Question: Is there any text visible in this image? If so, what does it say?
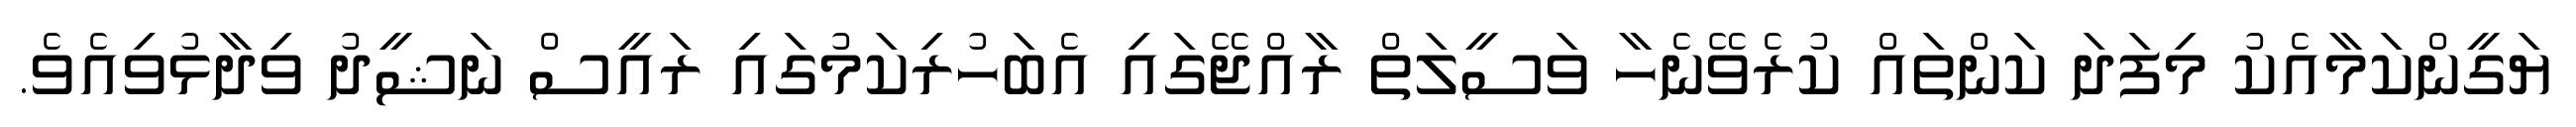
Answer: ޔަގީންކަމާއެކު މިފަދަ ކަންތައް ކުރެވޭނެހާ ވަސީލަތް ރާއްޖޭގައި އެބަހުރިކަމުގައި ރައީސް ނަޝީދު ވިދާޅުވިއެވެ.